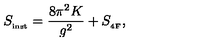
S _ { _ { \mathrm { i n s t } } } = \frac { 8 \pi ^ { 2 } K } { g ^ { 2 } } + S _ { _ { \mathrm { 4 F } } } ,